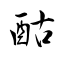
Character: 酤